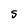
Character: S